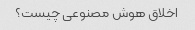
اخلاق هوش مصنوعی چیست؟